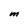
Character: M